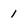
Character: 1